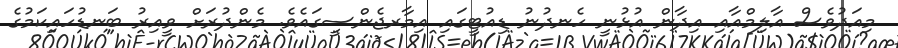
މިއަދުވެސް އާލިމްއާއި އިދާން އުޅުނީ ހެނދުނު ޑިއުޓީގައި އިމާރޖެންސީގައެވެ. މެންދުރަށް ވީއިރު ބަނޑުހައިކަމުގެ